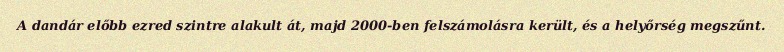
A dandár előbb ezred szintre alakult át, majd 2000-ben felszámolásra került, és a helyőrség megszűnt.